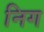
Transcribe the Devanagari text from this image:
निग